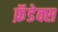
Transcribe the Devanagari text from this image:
फ़ॅडेक्स